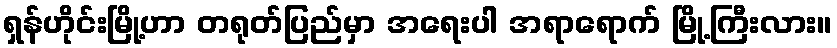
ရှန်ဟိုင်းမြို့ဟာ တရုတ်ပြည်မှာ အရေးပါ အရာရောက် မြို့ကြီးလား။